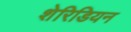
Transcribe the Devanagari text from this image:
शेरिडियन